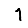
Digit: 1